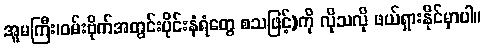
အူမကြီး၊ဝမ်းဗိုက်အတွင်းပိုင်းနံရံတွေ စသဖြင့်)ကို လိုသလို ဖယ်ရှားနိုင်မှာပါ။